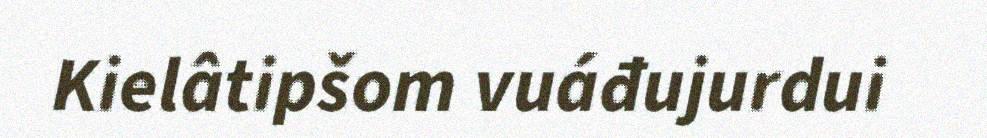
Kielâtipšom vuáđujurdui